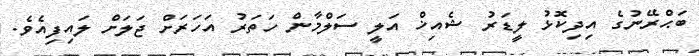
ބަޙްރޭނުގެ އިދިކޮޅު ލީޑަރު ޝެއިޚް އަލީ ސަލްމާން ހަތަރު އަހަރަށް ޖަލަށް ލައިފިއެވެ.